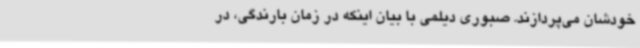
خودشان می‌پردازند. صبوری دیلمی با بیان اینکه در زمان‌ بارندگی، در